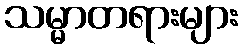
သမ္မာတရားများ